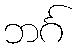
ဘင်္ဂ